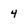
Character: 4